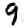
Digit: 9